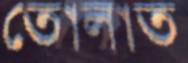
তোলাত